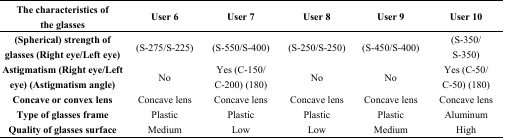
<table><thead><tr><td><b>The characteristics ofthe glasses</b></td><td><b>User 6</b></td><td><b>User 7</b></td><td><b>User 8</b></td><td><b>User 9</b></td><td><b>User 10</b></td></tr></thead><tbody><tr><td><b>(Spherical) strength of</b><b>glasses (Right eye/Left eye)</b></td><td>(S-275/S-225)</td><td>(S-550/S-400)</td><td>(S-250/S-250)</td><td>(S-450/S-400)</td><td>(S-350/S-350)</td></tr><tr><td><b>Astigmatism (Right eye/Left</b><b>eye) (Astigmatism angle)</b></td><td>No</td><td>Yes (C-150/C-200) (180)</td><td>No</td><td>No</td><td>Yes (C-50/C-50) (180)</td></tr><tr><td><b>Concave or convex lens</b></td><td>Concave lens</td><td>Concave lens</td><td>Concave lens</td><td>Concave lens</td><td>Concave lens</td></tr><tr><td><b>Type of glasses frame</b></td><td>Plastic</td><td>Plastic</td><td>Plastic</td><td>Plastic</td><td>Aluminum</td></tr><tr><td><b>Quality of glasses surface</b></td><td>Medium</td><td>Low</td><td>Low</td><td>Medium</td><td>High</td></tr></tbody></table>